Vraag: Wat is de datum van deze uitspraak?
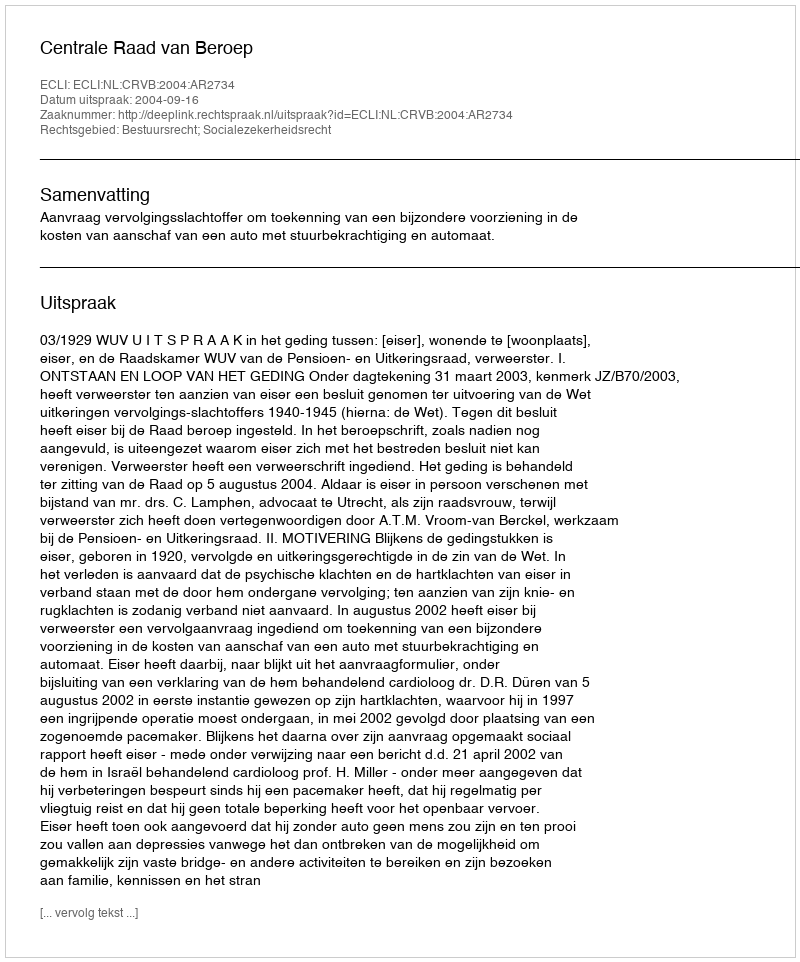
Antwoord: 2004-09-16